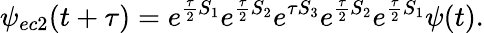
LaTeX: \psi_{ec2}(t+\tau)=e^{\frac{\tau}{2}S_{1}}e^{\frac{\tau}{2}S_{2}}e^{\tau S_{3}}e^{\frac{\tau}{2}S_{2}}e^{\frac{\tau}{2}S_{1}}\psi(t).